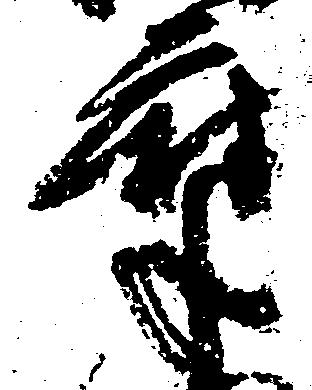
摩